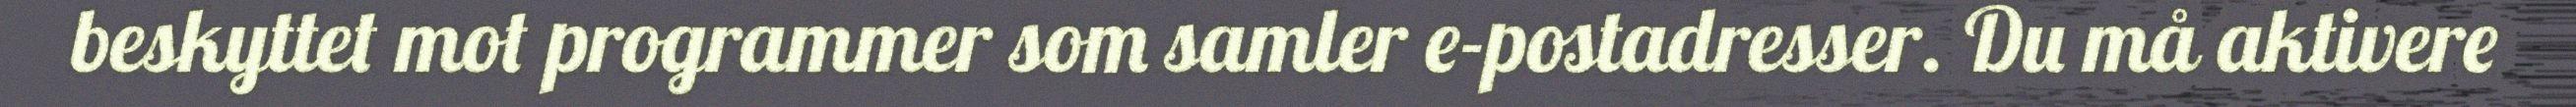
beskyttet mot programmer som samler e-postadresser. Du må aktivere